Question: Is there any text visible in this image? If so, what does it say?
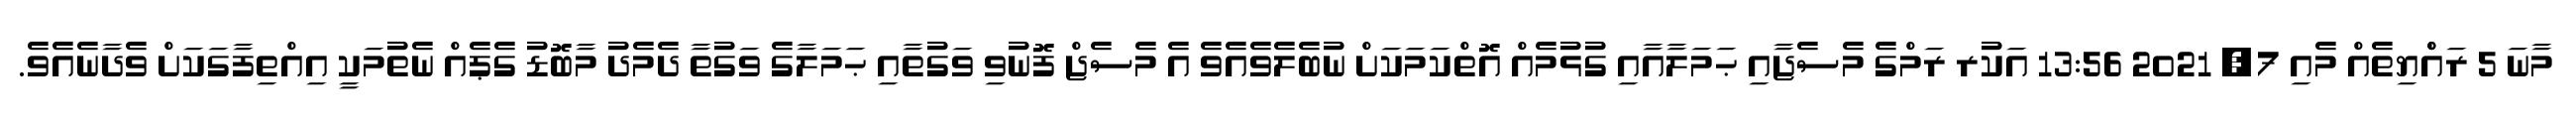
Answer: މާނަ 5 ރައްްޔިތެއް މެއި 7, 2021 13:56 އަކުރ ރަމްގެ މެސެޖާއި ޙަމަލާއާއި ގުޅުމެއް އޮތްކަމަކަށް ނުބެލެވެއެވެ އެ މެސެޖް ފޮނުވި ވަގުތާއި ޙަމަލާގެ ވަގުތާ ދެމެދު މާބޮޑު ގެޕެއް ނެތުމަކީ އިއްތިފާގަކަށް ވެދާނެއެވެ.